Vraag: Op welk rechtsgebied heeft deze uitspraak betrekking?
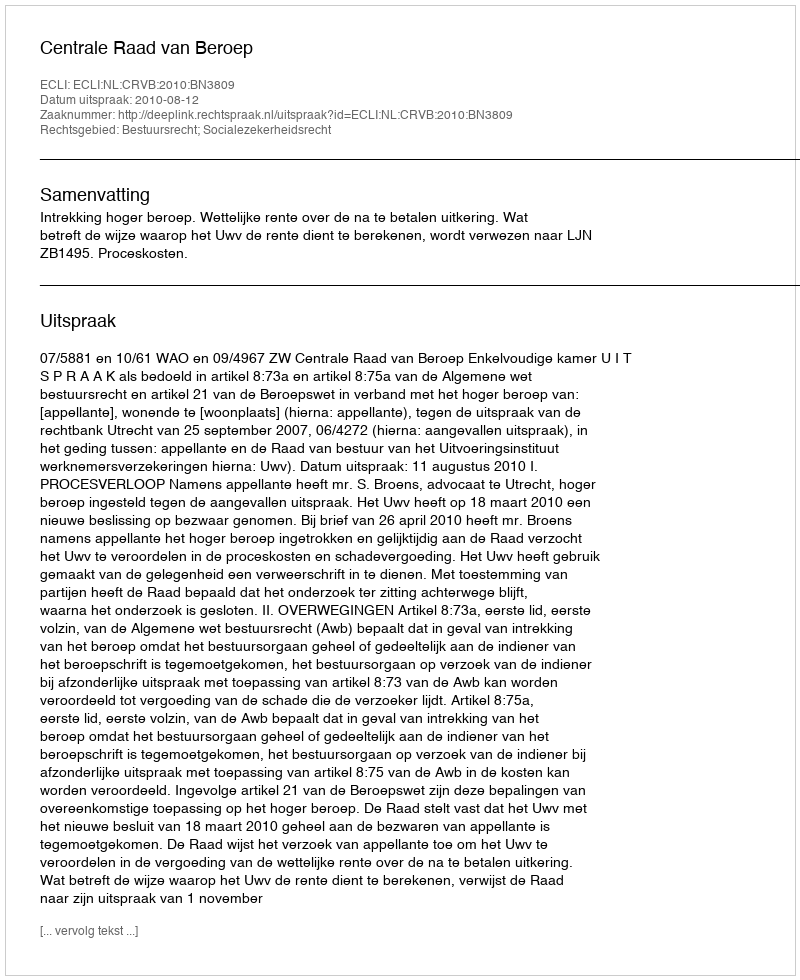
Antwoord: Bestuursrecht; Socialezekerheidsrecht